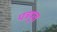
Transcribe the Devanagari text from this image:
पत्रपूत